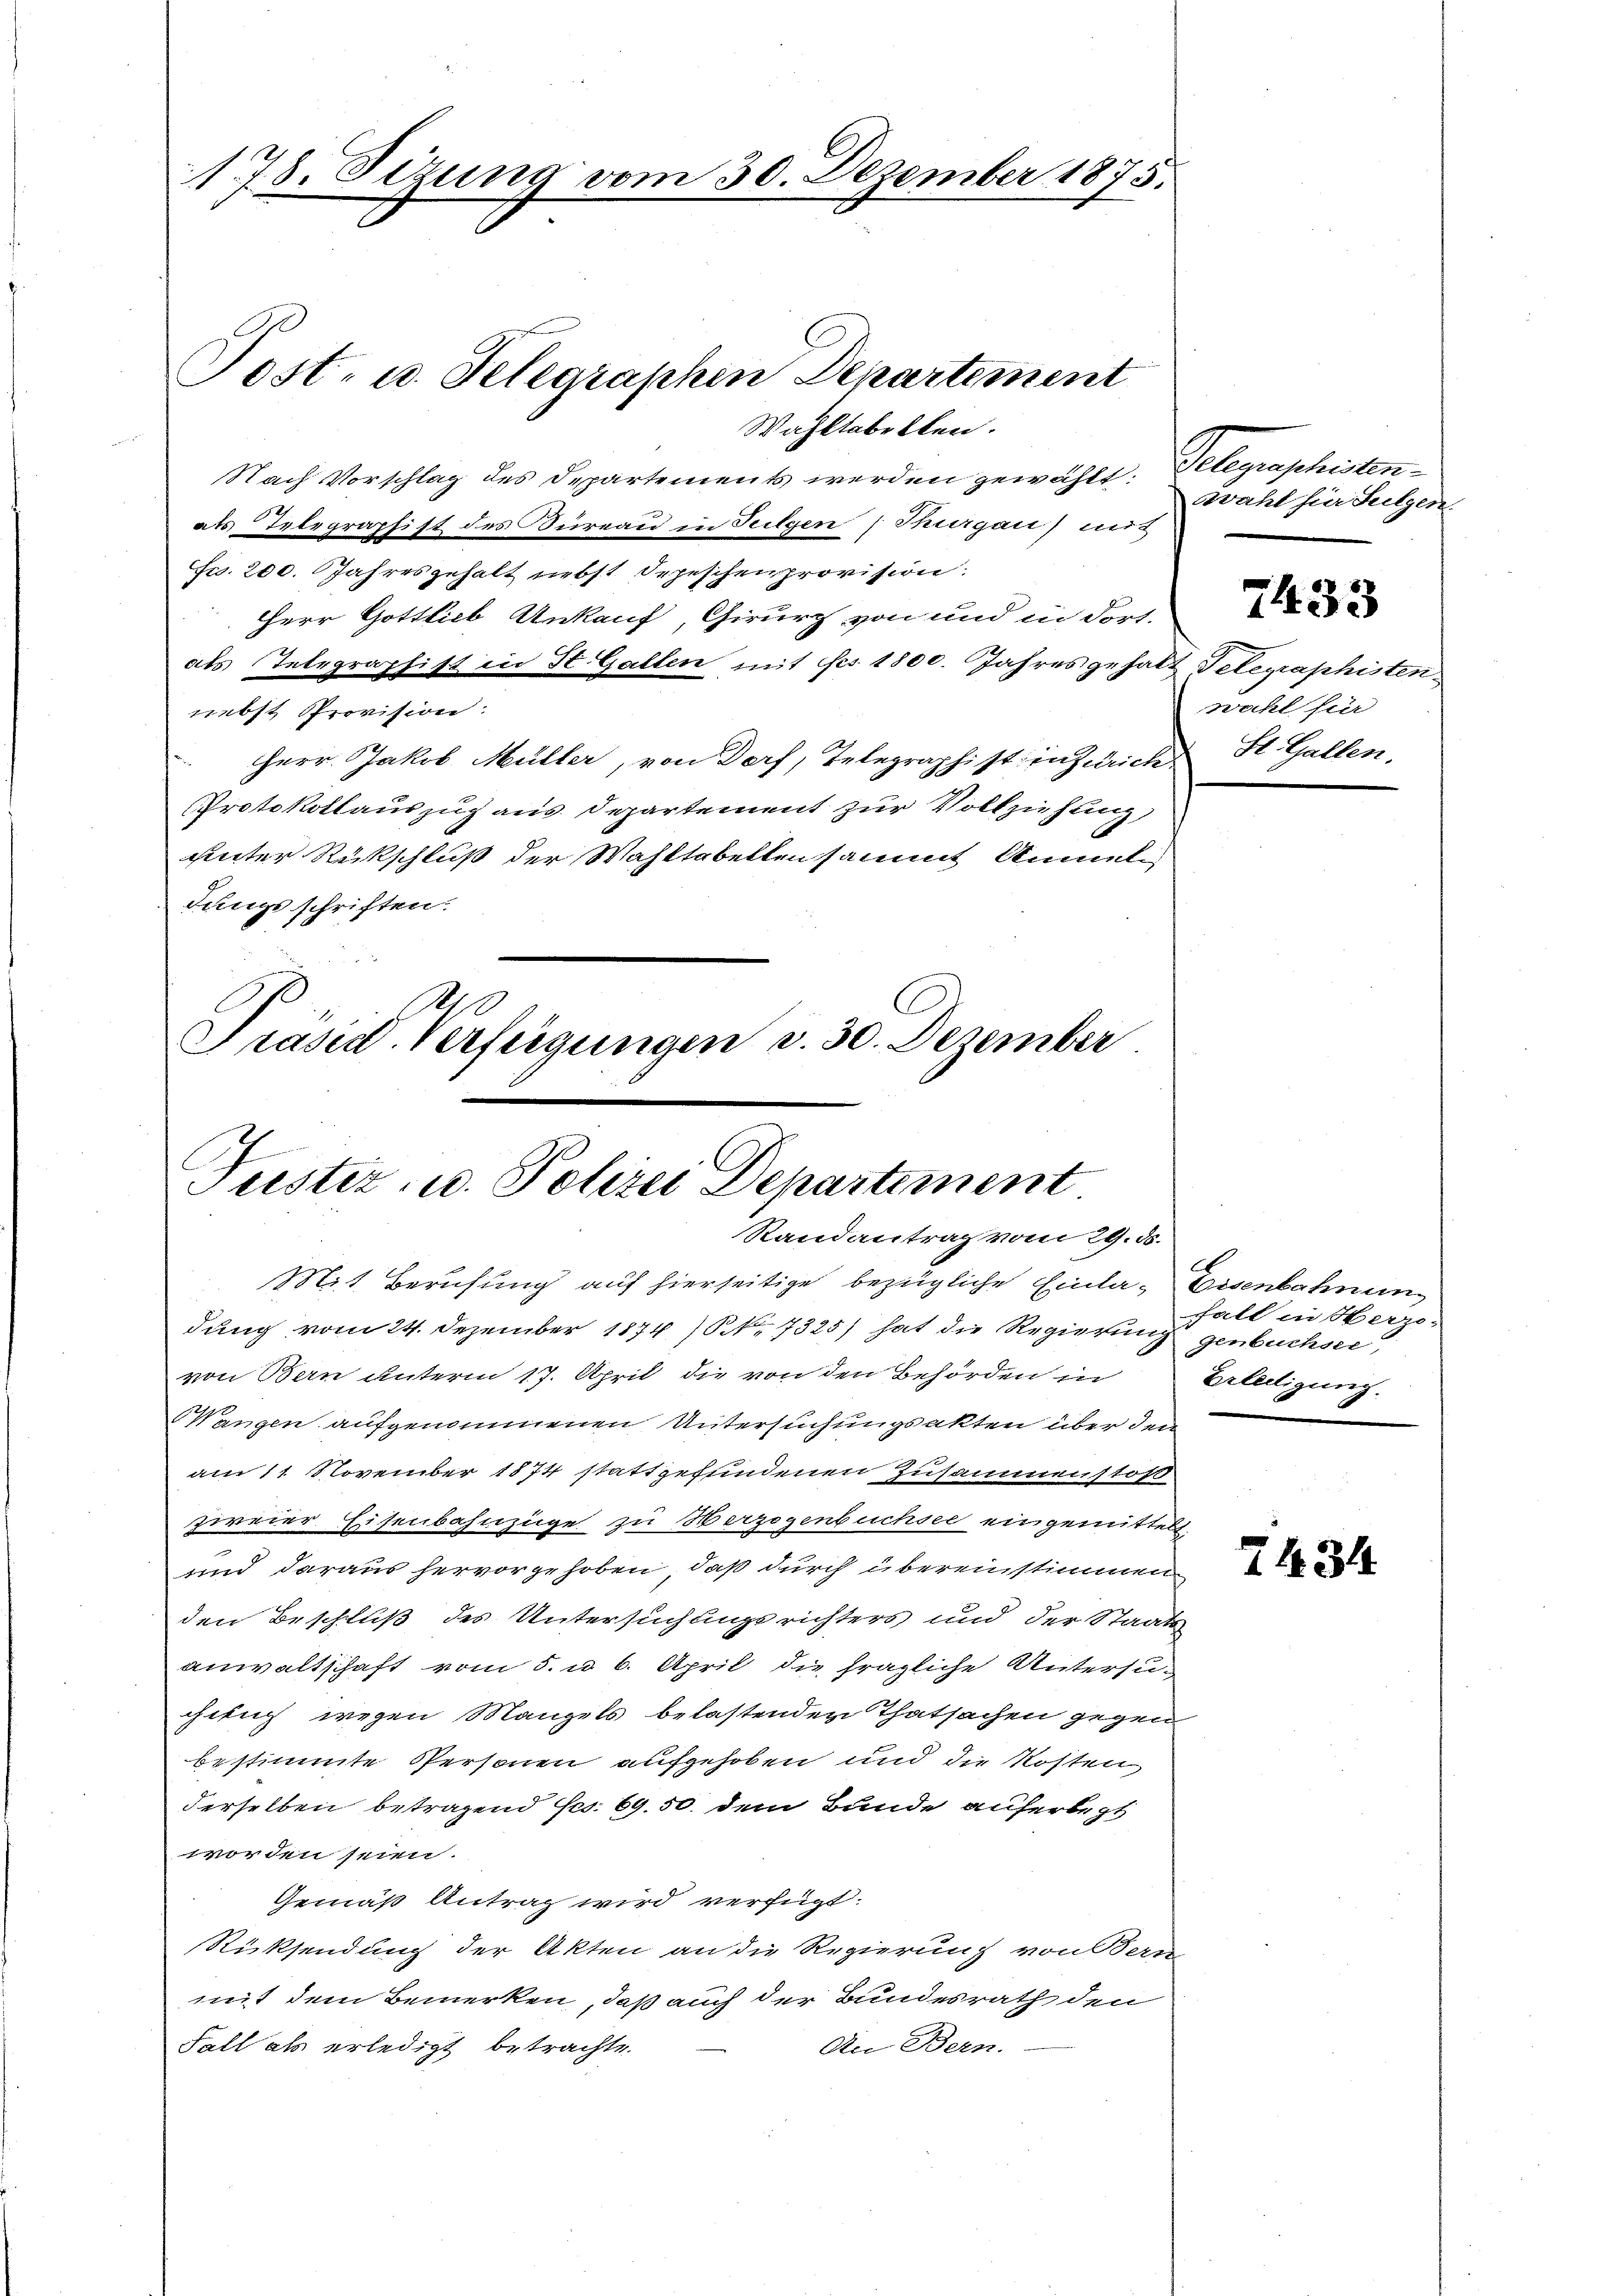
178. Sizung a

Post- u. Telegraphen Departement

30. Dezember 1875.

Wahltabellen.
Nach Vorschlag des Departements werden gewählt: Telegraphistenals Telegraphist des Büreau in Teilgen, Thurgau) mit
sw. 200. Jahresgehalt nebst Sepeschen provision.
HHerr Gottlieb Ankauf, Girurch von und in dort.
als Telegraphist in St. Gallen mit ses 1800. Jahres gehalt Telegraphisten
nebst Provision:
Herr Jakob Müller, von Dorf, Telegraphist in Zürich St. Gallen.
Protokollauszug aus Departement zur Vollziehung
hinter Rückschluß der Wahltabelten sammt Anmeldungs schriften.
Präsid. Verfügungen v. 30. Dezember

Tuster, u. Polizei Departement
Randantrag vom 29. ds.
Mit Berufung auf hierseitige bezügliche Einla-Eisenbahnung

dung vom 24. Dezember 1874. 7325) hat die Regierung fall in Herzovon Bern unterm 17. April die von den Behörden in Erledigung.
Wangen aufgenommenen Untersuchungsakten über den
am 11. November 1874 stattgefundenen Zusammenstoß
zweier Eisenbahnzüge zu Herzogenbuchsel eingemittel
und daraus hervorgehoben, daß durch übereinstimmen
den Beschluß des Untersuchungsrichters und der Staats
anwaltschaft vom 5. u. 6. April die fragliche Untersu-
chung wegen Mangels belastenden Thatsachen gegen
bestimmte Personen aufgehoben und die Kosten
derselben betragend Ges. 69.50. dem Bunde auferlegt
worden seien.
Gemäß Antrag wird verfügt.
Rücksendung der Akten an die Regierung von Bern-
mit dem Bemerken, daß auch der Bundesrath den
Fall als erledigt betrachte.
An Bern.

zwahl für Sulzen.

7433

wahl für

genbuchsee,

7434